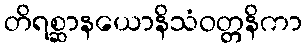
တိရစ္ဆာနယောနိသံဝတ္တနိကာ